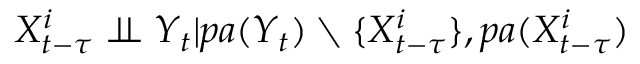
X _ { t - \tau } ^ { i } \perp \! \! \! \perp Y _ { t } | p a ( Y _ { t } ) \setminus \{ X _ { t - \tau } ^ { i } \} , p a ( X _ { t - \tau } ^ { i } )